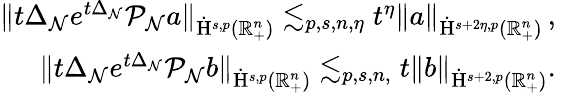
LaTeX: \begin{array}{r}{\lVert t\Delta_{\mathcal{N}}e^{t\Delta_{\mathcal{N}}}\mathcal{P}_{\mathcal{N}}a\rVert_{\dot{\mathrm{H}}^{s,p}(\mathbb{R}_{+}^{n})}\lesssim_{p,s,n,\eta}t^{\eta}\lVert a\rVert_{\dot{\mathrm{H}}^{s+2\eta,p}(\mathbb{R}_{+}^{n})}\, \mathrm{,~}}\\ {\lVert t\Delta_{\mathcal{N}}e^{t\Delta_{\mathcal{N}}}\mathcal{P}_{\mathcal{N}}b\rVert_{\dot{\mathrm{H}}^{s,p}(\mathbb{R}_{+}^{n})}\lesssim_{p,s,n,}t\lVert b\rVert_{\dot{\mathrm{H}}^{s+2,p}(\mathbb{R}_{+}^{n})}\mathrm{.~}}\end{array}